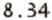
8.34